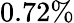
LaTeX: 0.72\%